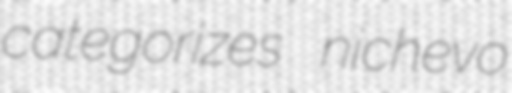
categorizes nichevo